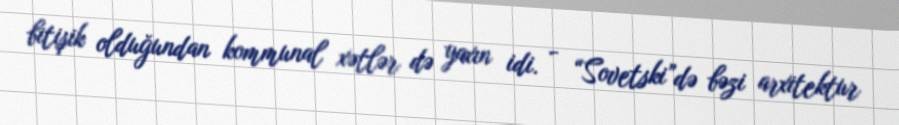
bitişik olduğundan kommunal xətlər də yaxın idi. - “Sovetski”də bəzi arxitektur